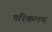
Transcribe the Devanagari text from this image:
परिकलम